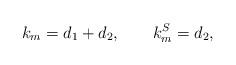
LaTeX: \begin{align*} k_m=d_1+d_2,\qquad{k_m^S=d_2},\end{align*}